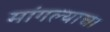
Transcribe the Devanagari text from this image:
मांगल्याचा